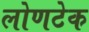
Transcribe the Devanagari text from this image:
लोणटेक